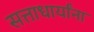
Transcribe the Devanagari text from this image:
सत्ताधार्यांना